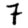
Digit: 7